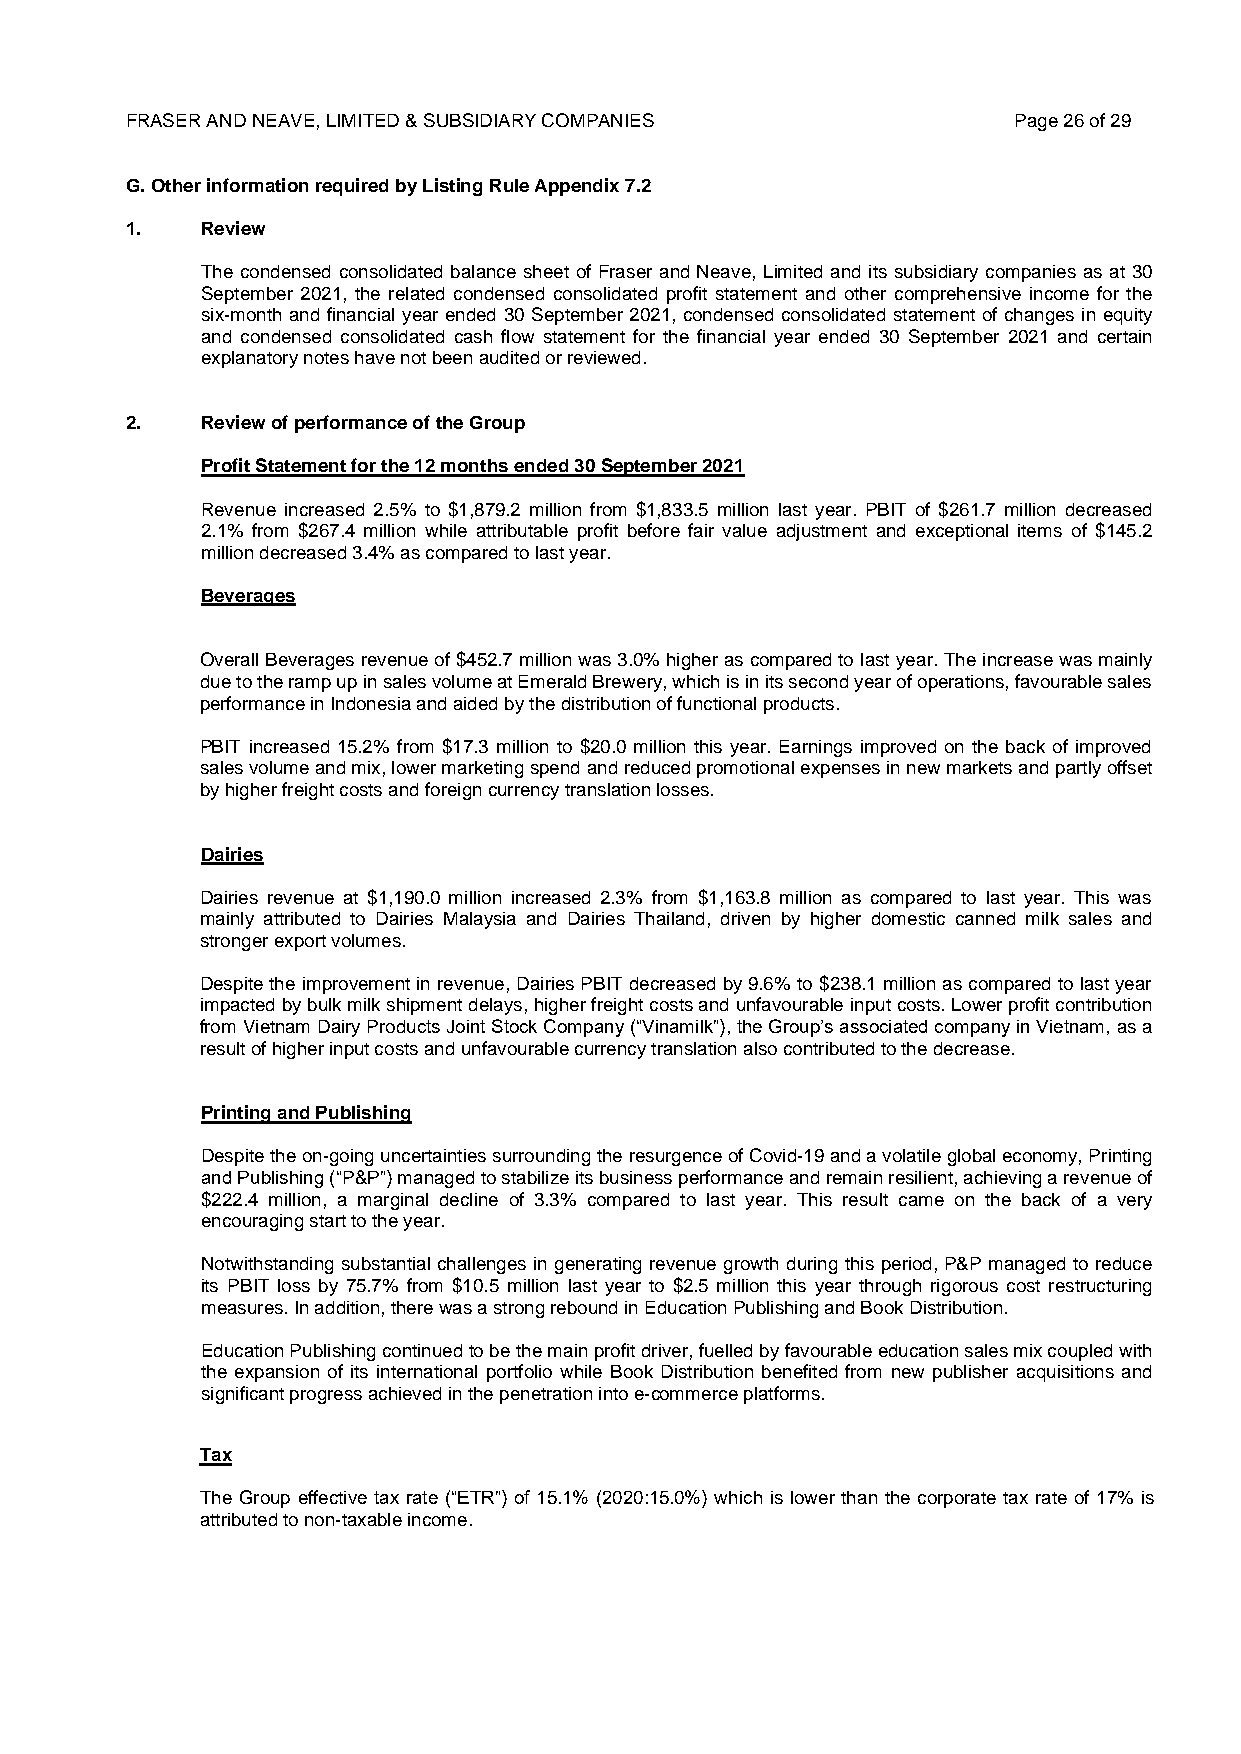
FRASER AND NEAVE, LIMITED & SUBSIDIARY COMPANIES           Page 26 of 29
 G. Other information required by Listing Rule Appendix 7.2
 1.   Review
 The condensed consolidated balance sheet of Fraser and Neave, Limited and its subsidiary companies as at 30
 September 2021, the related condensed consolidated profit statement and other comprehensive income for the
 six-month and financial year ended 30 September 2021, condensed consolidated statement of changes in equity
 and condensed consolidated cash flow statement for the financial year ended 30 September 2021 and certain
 explanatory notes have not been audited or reviewed.
 2.   Review of performance of the Group
 Profit Statement for the 12 months ended 30 September 2021
 Revenue increased 2.5% to $1,879.2 million from $1,833.5 million last year. PBIT of $261.7 million decreased
 2.1% from $267.4 million while attributable profit before fair value adjustment and exceptional items of $145.2
 million decreased 3.4% as compared to last year.
 Beverages
 Overall Beverages revenue of $452.7 million was 3.0% higher as compared to last year. The increase was mainly
 due to the ramp up in sales volume at Emerald Brewery, which is in its second year of operations, favourable sales
 performance in Indonesia and aided by the distribution of functional products.
 PBIT increased 15.2% from $17.3 million to $20.0 million this year. Earnings improved on the back of improved
 sales volume and mix, lower marketing spend and reduced promotional expenses in new markets and partly offset
 by higher freight costs and foreign currency translation losses.
 Dairies
 Dairies revenue at $1,190.0 million increased 2.3% from $1,163.8 million as compared to last year. This was
 mainly attributed to Dairies Malaysia and Dairies Thailand, driven by higher domestic canned milk sales and
 stronger export volumes.
 Despite the improvement in revenue, Dairies PBIT decreased by 9.6% to $238.1 million as compared to last year
 impacted by bulk milk shipment delays, higher freight costs and unfavourable input costs. Lower profit contribution
 from Vietnam Dairy Products Joint Stock Company (“Vinamilk”), the Group’s associated company in Vietnam, as a
 result of higher input costs and unfavourable currency translation also contributed to the decrease.
 Printing and Publishing
 Despite the on-going uncertainties surrounding the resurgence of Covid-19 and a volatile global economy, Printing
 and Publishing (“P&P”) managed to stabilize its business performance and remain resilient, achieving a revenue of
 $222.4 million, a marginal decline of 3.3% compared to last year. This result came on the back of a very
 encouraging start to the year.
 Notwithstanding substantial challenges in generating revenue growth during this period, P&P managed to reduce
 its PBIT loss by 75.7% from $10.5 million last year to $2.5 million this year through rigorous cost restructuring
 measures. In addition, there was a strong rebound in Education Publishing and Book Distribution.
 Education Publishing continued to be the main profit driver, fuelled by favourable education sales mix coupled with
 the expansion of its international portfolio while Book Distribution benefited from new publisher acquisitions and
 significant progress achieved in the penetration into e-commerce platforms.
 Tax
 The Group effective tax rate (“ETR”) of 15.1% (2020:15.0%) which is lower than the corporate tax rate of 17% is
 attributed to non-taxable income.